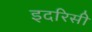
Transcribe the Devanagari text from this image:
इदरिसी